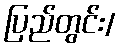
ပြည်တွင်း/